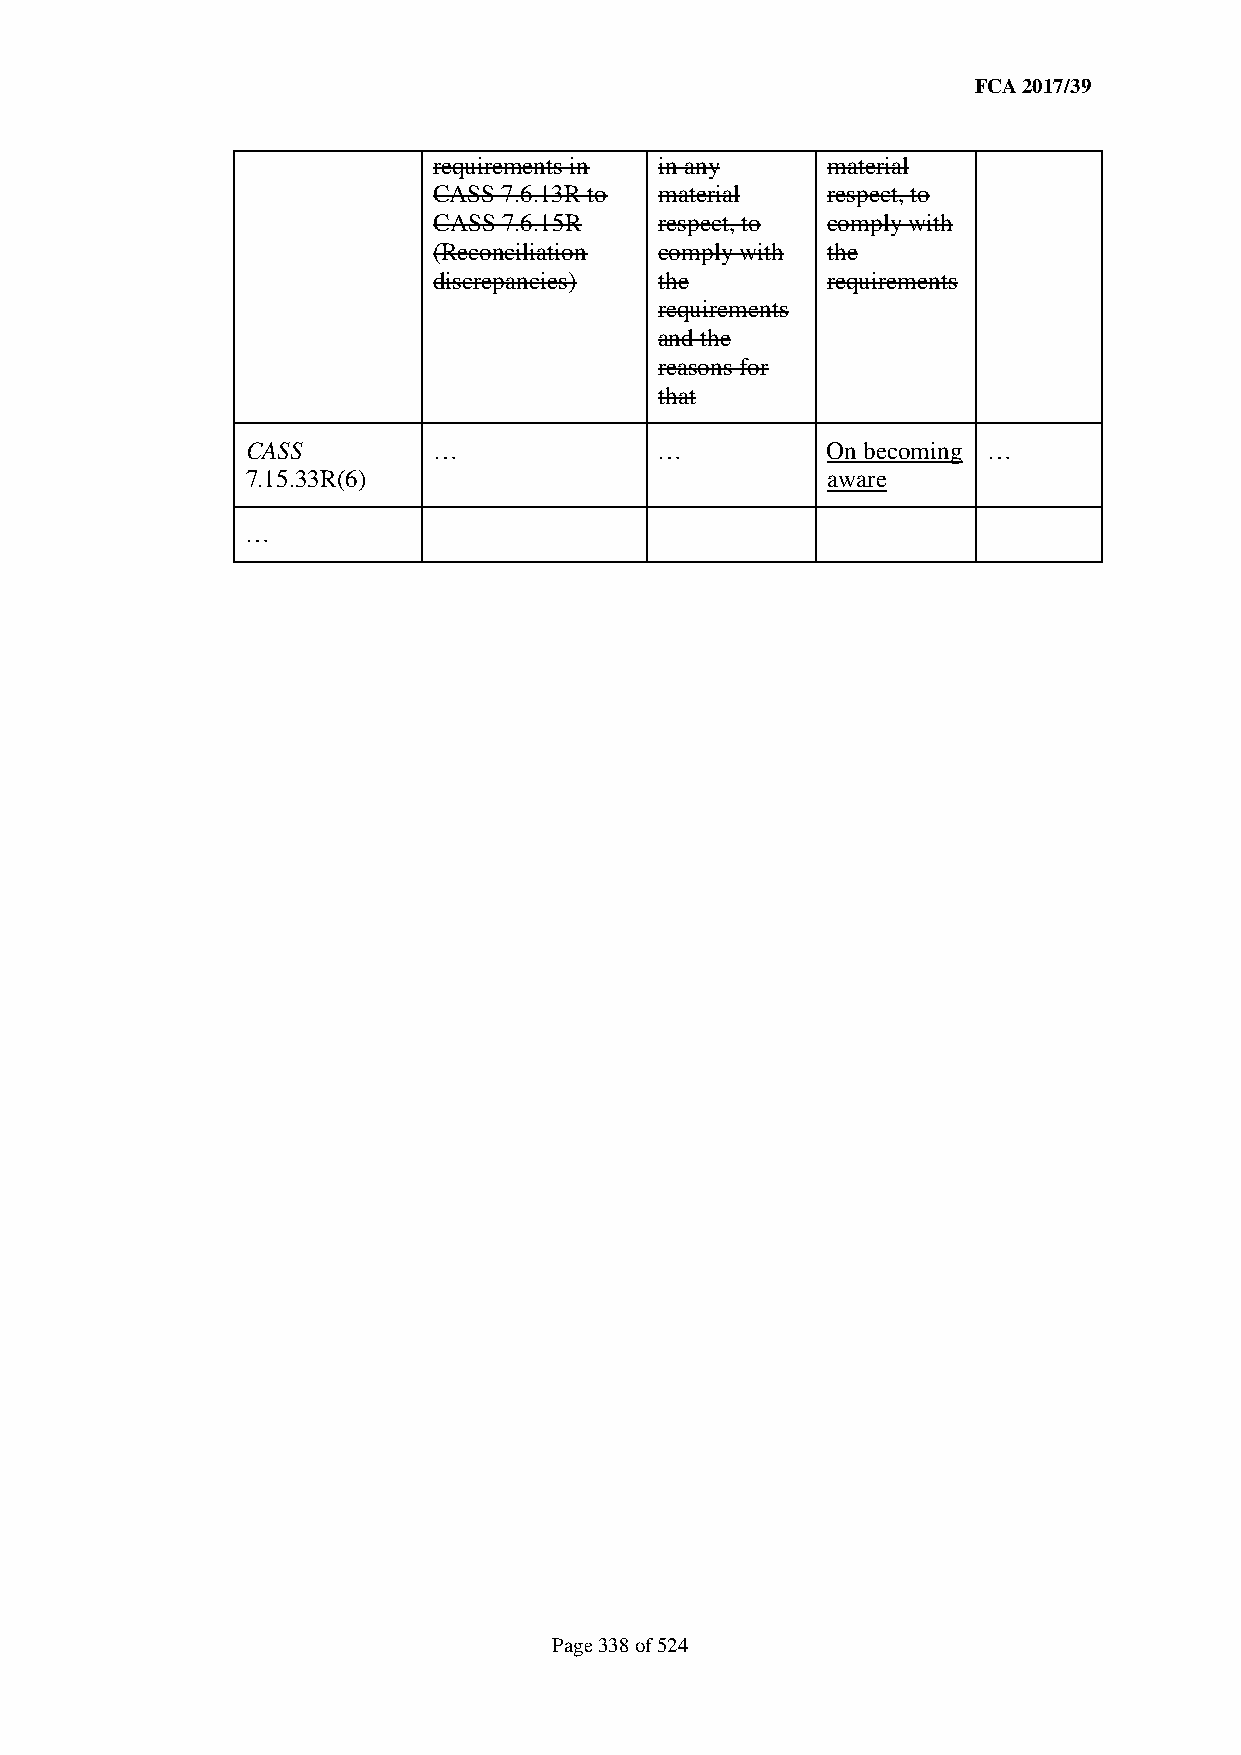
FCA 2017/39
 requirements in in any    material
 CASS 7.6.13R to material  respect, to
 CASS 7.6.15R   respect, to comply with
 (Reconciliation comply with the
 discrepancies) the        requirements
 requirements
 and the
 reasons for
 that
 CASS         …              …          On becoming …
 7.15.33R(6)                            aware
 …
 Page 338 of 524